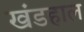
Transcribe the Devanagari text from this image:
खंडहाल